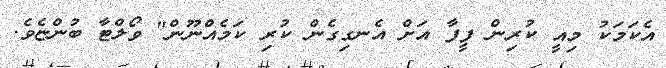
އެކަމަކު މިއީ ކުރިން ފީފާ އަށް އެނގިގެން ކުރި ކަމެއްނޫން" ވޯލްޓާ ބުންޏެވެ.